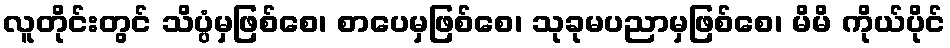
လူတိုင်းတွင် သိပ္ပံမှဖြစ်စေ၊ စာပေမှဖြစ်စေ၊ သုခုမပညာမှဖြစ်စေ၊ မိမိ ကိုယ်ပိုင်